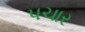
પચાર